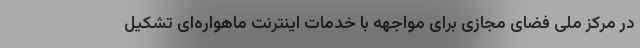
در مرکز ملی فضای مجازی برای مواجهه با خدمات اینترنت ماهواره‌ای تشکیل